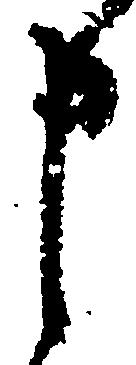
申